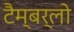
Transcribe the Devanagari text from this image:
टैम्बर्लो